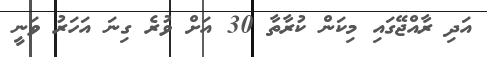
އަދި ރާއްޖޭގައި މިކަން ކުރާތާ 30 އަށް ވުރެ ގިނަ އަހަރު ވަނީ